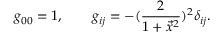
g _ { 0 0 } = 1 , \qquad g _ { i j } = - ( { \frac { 2 } { 1 + \vec { x } ^ { 2 } } } ) ^ { 2 } \delta _ { i j } .